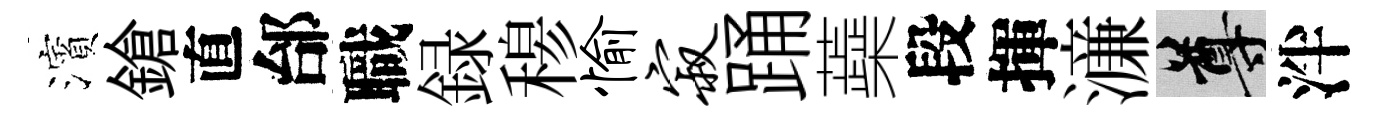
濱鎗直邰職録𥠇愉寂踊蘃段揮濓尊泮